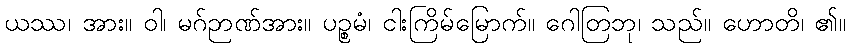
ယဿ၊ အား။ ဝါ၊ မဂ်ဉာဏ်အား။ ပဉ္စမံ၊ ငါးကြိမ်မြောက်။ ဂေါတြဘု၊ သည်။ ဟောတိ၊ ၏။